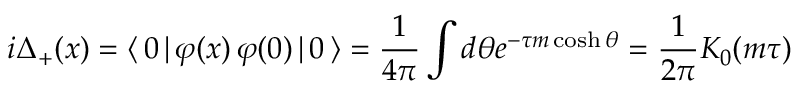
i \Delta _ { + } ( x ) = \langle \, 0 \, | \, \varphi ( x ) \, \varphi ( 0 ) \, | \, 0 \, \rangle = \frac { 1 } { 4 \pi } \int d \theta e ^ { - \tau m \cosh \theta } = \frac { 1 } { 2 \pi } K _ { 0 } ( m \tau )